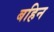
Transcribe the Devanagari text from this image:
बहिन